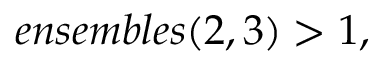
e n s e m b l e s ( 2 , 3 ) > 1 ,